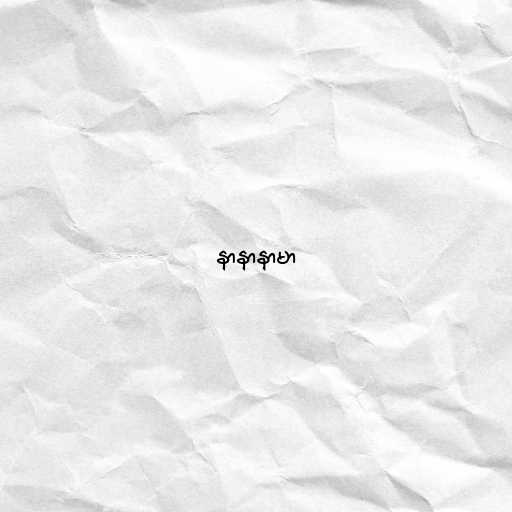
နာနာနာမာ